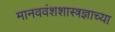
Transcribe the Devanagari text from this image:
मानववंशशास्त्रज्ञाच्या